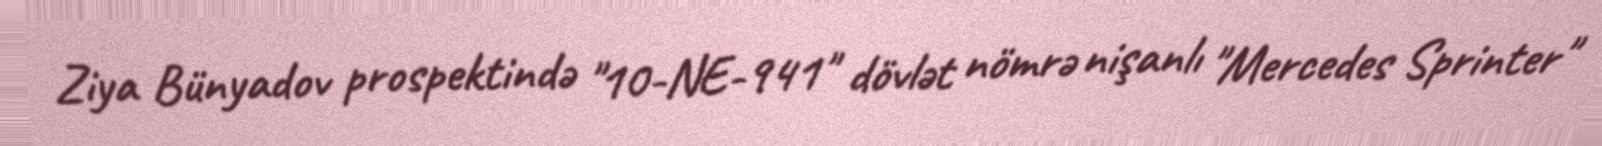
Ziya Bünyadov prospektində "10-NE-941" dövlət nömrə nişanlı "Mercedes Sprinter"